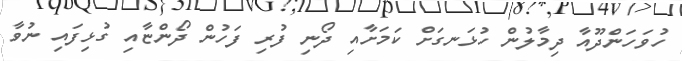
ހުވަހަންދޫއާ ދިމާލުން ހުޅަނގަށް ކަމަށާއި ދޯނި ފުރި ފަހުން ދޯންޏާއި ގުޅިފައި ނުވާ